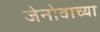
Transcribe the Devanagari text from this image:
जेनोवाच्या